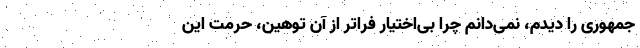
جمهوری را دیدم،‌ نمی‌دانم چرا بی‌اختیار فراتر از آن توهین، حرمت‌ این